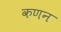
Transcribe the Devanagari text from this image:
कणन